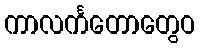
ကာလင်္ကတောတွေဝ